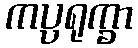
ကပ္ပရုက္ခာ